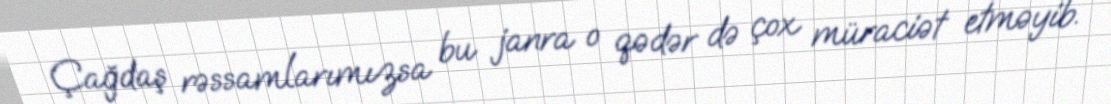
Çağdaş rəssamlarımızsa bu janra o qədər də çox müraciət etməyib.